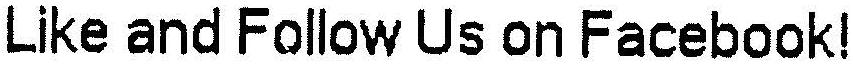
LIKE AND FOLLOW US ON FACEBOOK!